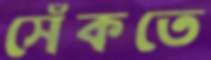
সেঁকতে